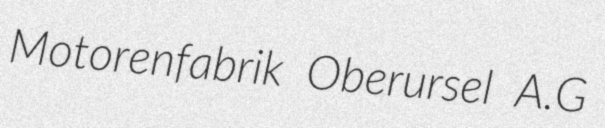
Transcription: Motorenfabrik Oberursel A.G